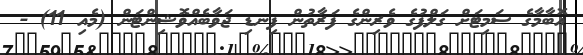
އޮބާމާގެ ސަމިޓަށް ގަލްފުގެ ވެރިންގެ ފަރާތުން ފިނޑި ޖަވާބެއްވޮޝިންޓަން (މެއި 11) -